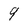
Character: 9